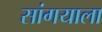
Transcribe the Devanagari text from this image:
सांगयाला